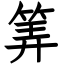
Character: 筭